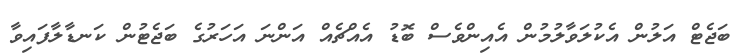
ބަޖެޓް އަލުން އެކުލަވާލުމުން އެއިންވެސް ބޮޑު އެއްޗެއް އަންނަ އަހަރުގެ ބަޖެޓުން ކަނޑާލާފައިވާ